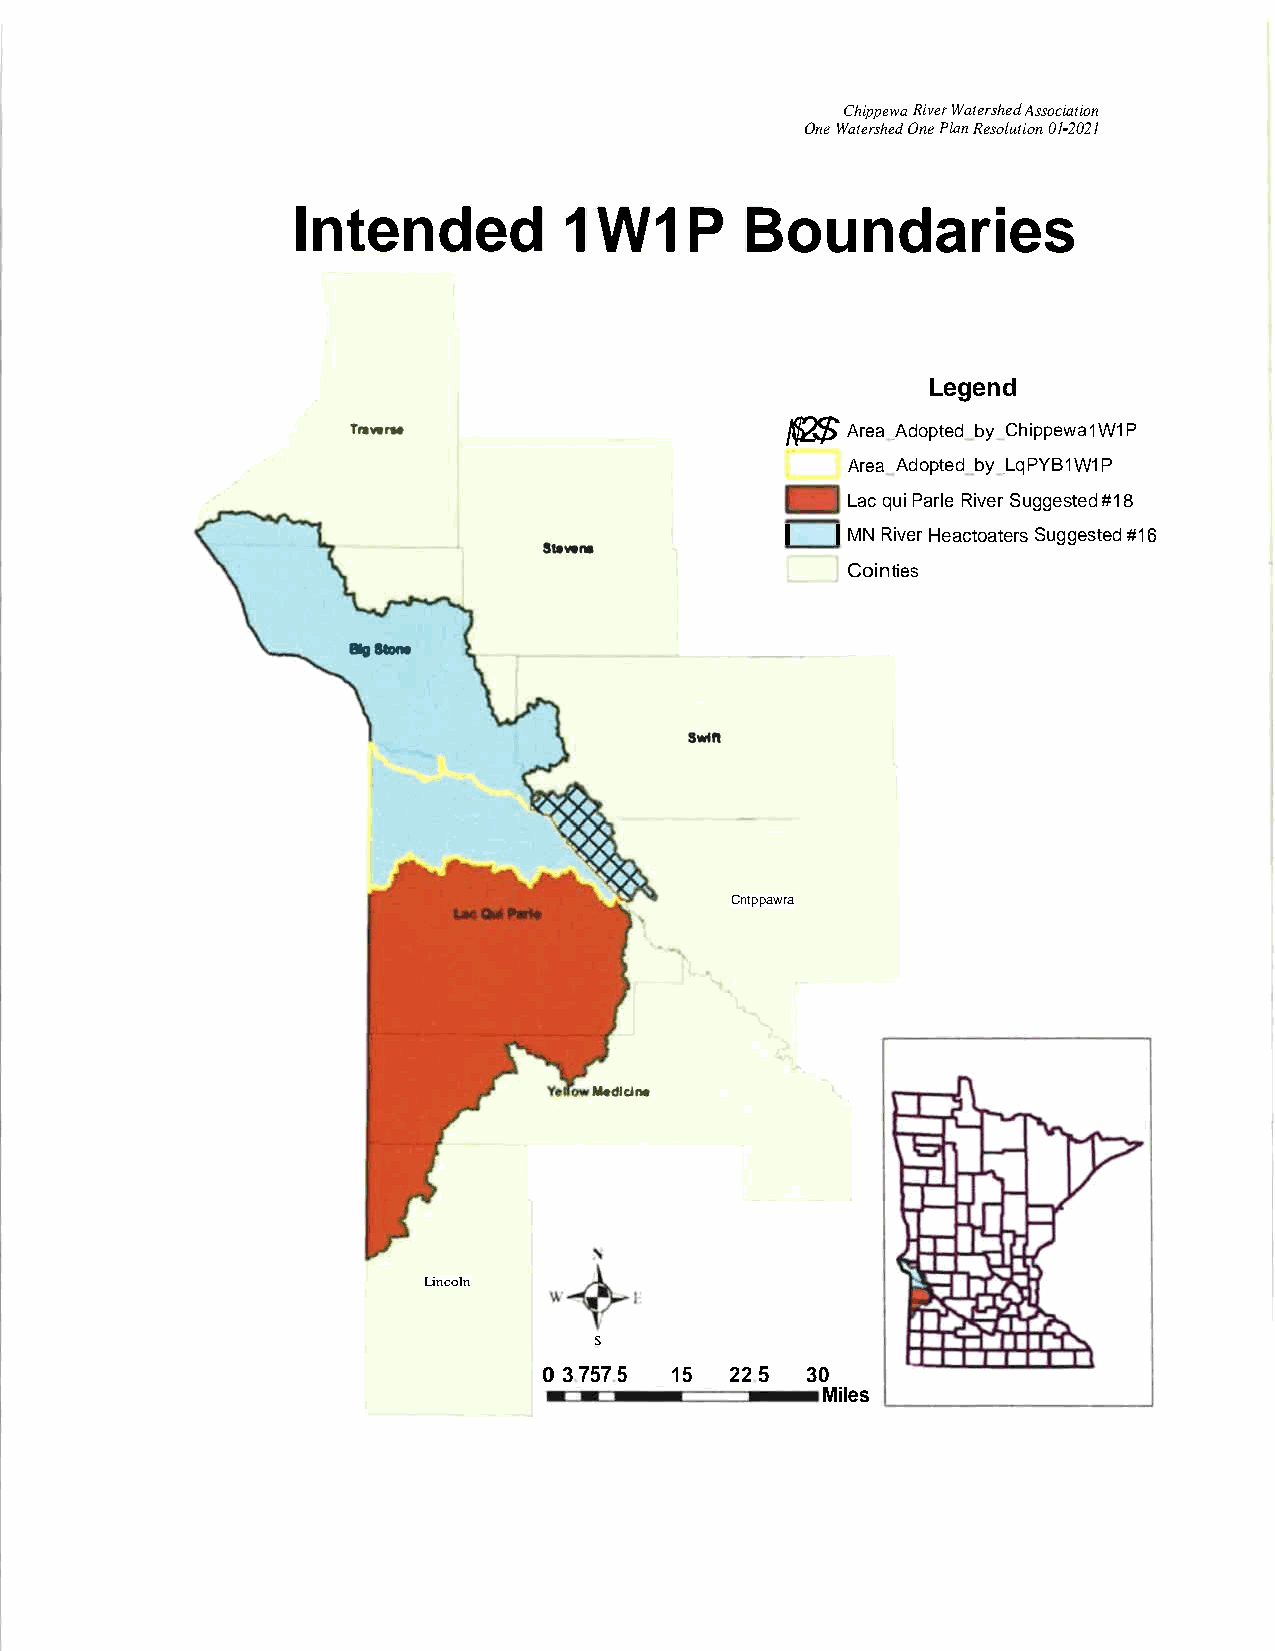
ChippewaRiverWatershedAssoci-ation
 OneWatershedOnePlanResolution012021
 Intended          1W1P        Boundaries
 Legend
 ^$2$
 Area Adopted by Chippewa1W1P
 Area Adopted by LqPYB1W1P
 LacquiParleRiver Suggested#18
 |  |MNRiverHeactoatersSuggested#16
 Cointies
 Cntppawra
 Lincoln
 S
 0 37575 15  225  30
 Miles